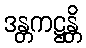
ဒန္တကဋ္ဌန္တိ